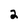
Character: 2